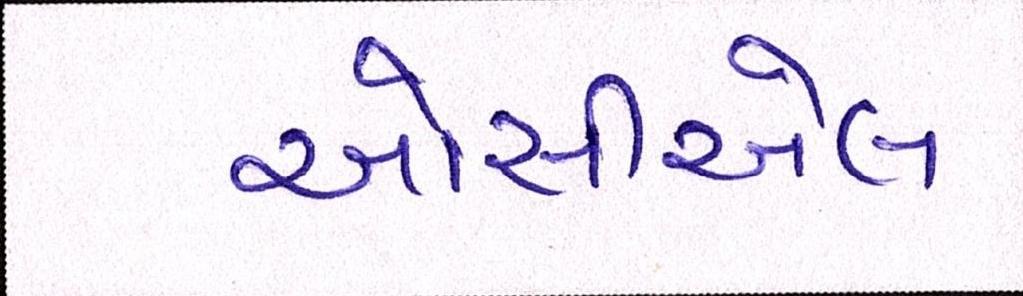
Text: ઓસીએલ